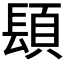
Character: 𨲙